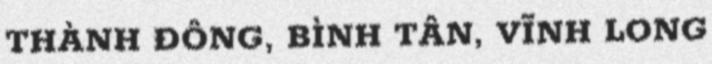
THÀNH ĐÔNG, BÌNH TÂN, VĨNH LONG